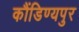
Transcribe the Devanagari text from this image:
कौंडिण्यपुर